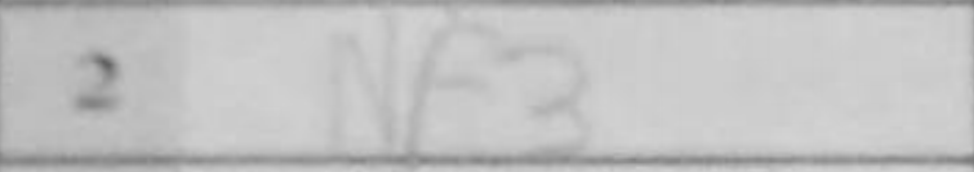
Transcription: Nf3